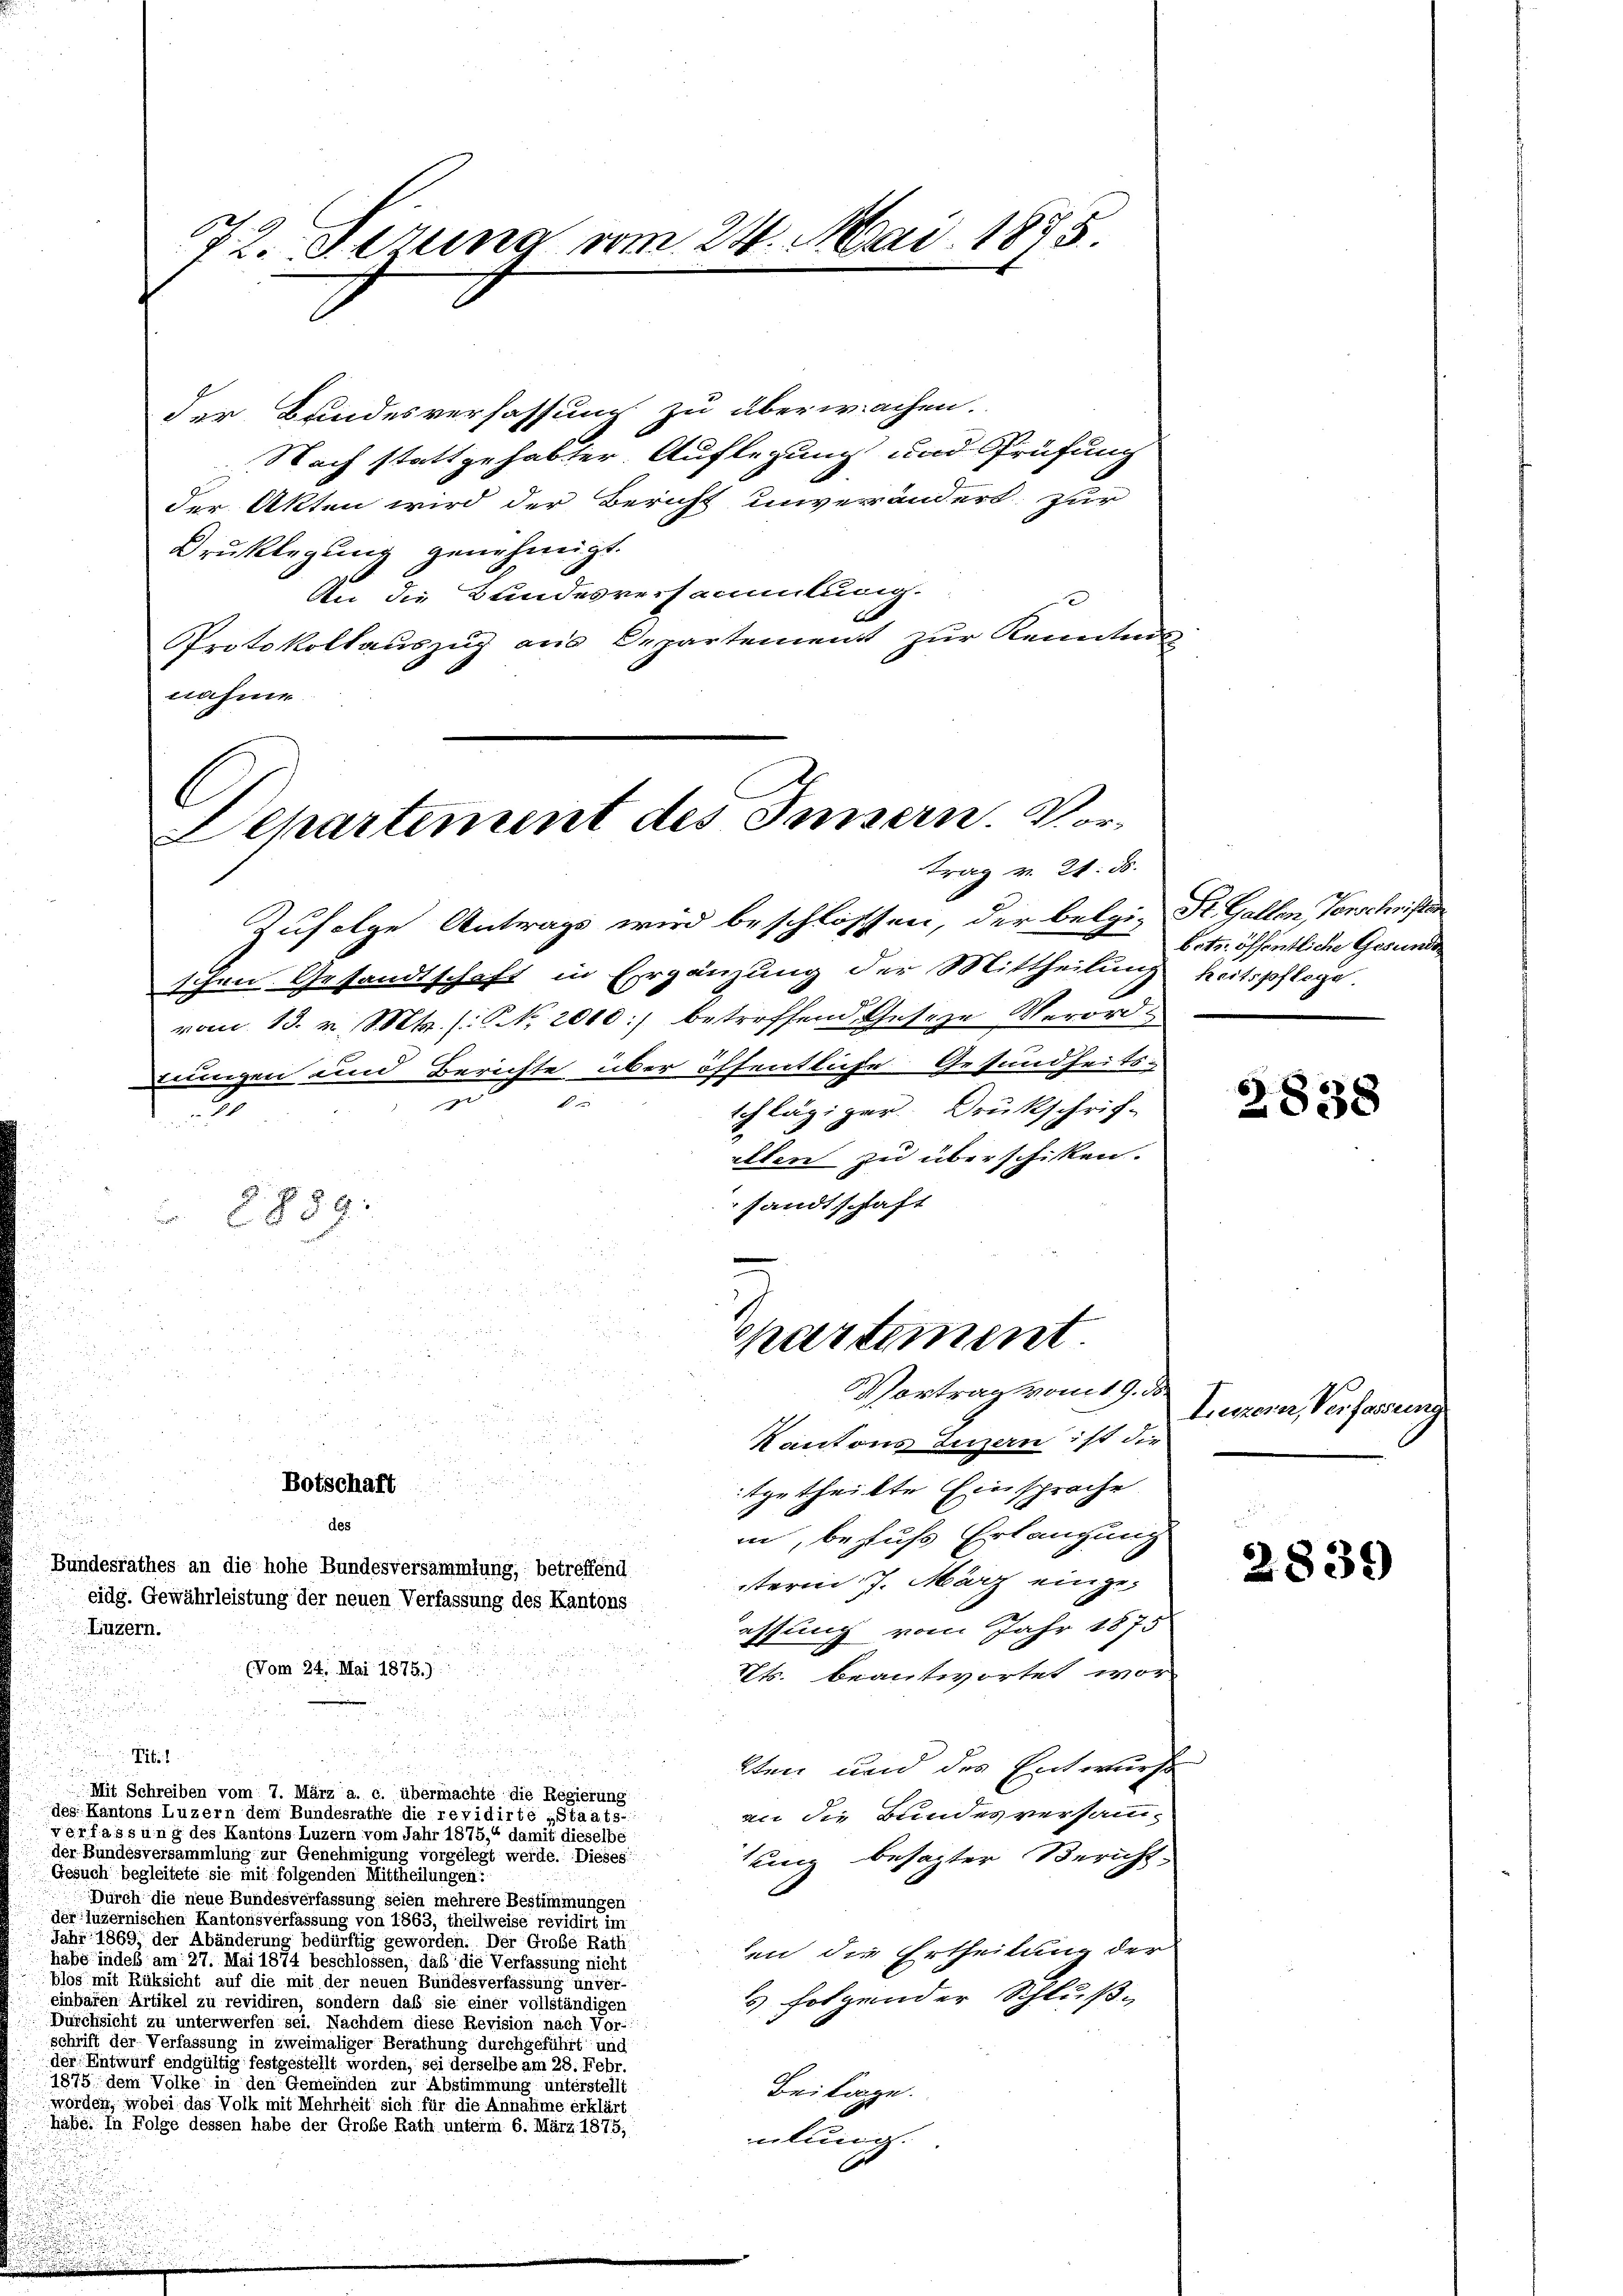
Luzern.

72. gerung vom 24. Mai 1875.

der Bundesverfassung zu überwachen.
Nach stattgehabter Auflegung und Prüfung
der Akten wird der Bericht unverändert, zur
Drucklegung genehmigt.
An die Bundesversammlung.
x
Protokollauszug aus Departement zur Kenntnis
nahme
C

Departement des Innern. Vortrag v. 21. d.

Botschaft
des

indesrathes an die hohe Bundesversammlung, betreffend
eidg. Gewährleistung der neuen Verfassung des Kantons
(Vom 24. Mai 1875.)

Pibil
1
Mit Schreiben vom 7. März a. c. übermachte die Regierung
des Kantons Luzern dem Bundesrathe die revidirte „Staats-
verfassung des Kantons Luzern vom Jahr 1875, damit dieselbe
der Bundesversammlung zur Genehmigung vorgelegt werde.
Gesuch begleitete sie mit folgenden Mittheilungen:
Durch die neue Bundesverfassung seien mehrere Bestimmungen
der luzernischen Kantonsverfassung von 1863, theilweise revidirt im
Jahr 1869, der Abänderung bedürftig geworden. Der Gatt
habe indes am 27. Mai 1874 beschlossen, daß die Verfassung nicht
blos mit Rücksicht auf die mit der neuen Bundesverfassung unvereinbaren Artikel zu revidiren, sondern das sie einer vollständigen
Durchsicht zu unterwerfen sei. Nachdem diese Revision nach de
schrift der Verfassung in zweimaliger Berathung durchgeführt und
der Entwurf endgültig festgestellt worden, sei derselbe am 28. Febr.
ess, dem votis in den Gemeinden sein eine eine er einen eine eine
worden, wobei das Volk mit eine eine eine einen sie sie diese Annahme erklärt.
habe. In Folge dessen habe der Große Rath unterm 6. März 1875,

Zufolge Antrags wird beschlossen, der belgi- St. Gallen, Vorschrister
schen Gesandtschaft in Ergänzung der Mittheilung
vom 13. v. Mts. (: No 2010] betreffend Geseze Verord-
uungen und Berichte über öffentliche Gesundheits-
s
f
schlägiger. Druckschrif-
1
ellen zu überschiken.
sandtschaft
2889.

Spartement.
Vortrag vom 19. ds.

Kantons Luzern ist die
itgetheilte Einsprache
in, befuß Erlangung
term 7. März eingeassung vom Jahr 1875
Cts. beantwortet wor
lten und des Entwurfe
an die Bundesversammsung besagter Bericht
en die Ertheilung der
 folgender Schluß
Beilage.
ülung.
.

betr. öffentliche Gesunde
heitspflege.

2838

Luzern, Verfassung

2839